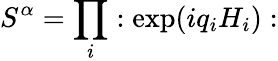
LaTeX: S^{\alpha}=\prod_{i}:\exp(iq_{i}H_{i}):